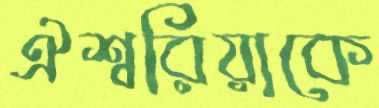
ঐশ্বরিয়াকে